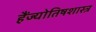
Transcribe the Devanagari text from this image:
हैंज्योतिषशास्त्र